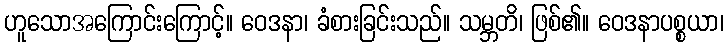
ဟူသောအကြောင်းကြောင့်။ ဝေဒနာ၊ ခံစားခြင်းသည်။ သမ္ဘတိ၊ ဖြစ်၏။ ဝေဒနာပစ္စယာ၊